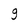
Character: g